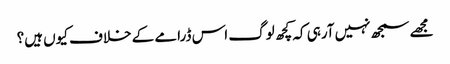
مجھے سمجھ نہیں آرہی کہ کچھ لوگ اس ڈرامے کے خلاف کیوں ہیں؟